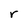
Character: r